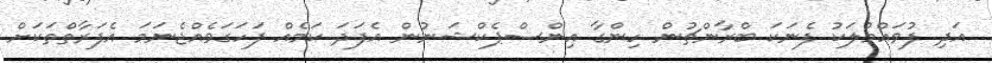
އަދި ފުވައްމުލަކު ފެނަކަ ބްރާންޗުން ހިންގާ އިންސްޕެކްޝަނުން އެފަދަ ކަމެއް ފަހަގަވެއްޖެނަމަ އެފަރާތްތަކަށް